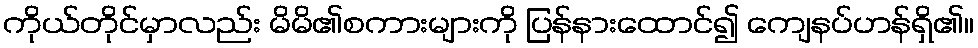
ကိုယ်တိုင်မှာလည်း မိမိ၏စကားများကို ပြန်နားထောင်၍ ကျေနပ်ဟန်ရှိ၏။